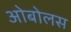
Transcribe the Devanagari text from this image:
ओबोलस